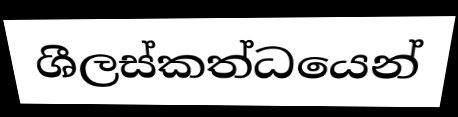
ශීලස්කත්ධයෙන්